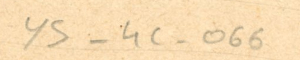
ys-4C - 066